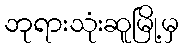
ဘုရားသုံးဆူမြို့မှ